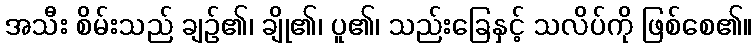
အသီး စိမ်းသည် ချဉ်၏၊ ချို၏၊ ပူ၏၊ သည်းခြေနှင့် သလိပ်ကို ဖြစ်စေ၏။